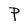
Character: P